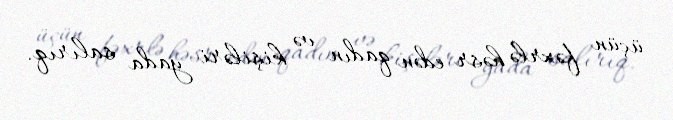
üçün fəxrlə həsr edən qadın və kişiləri yada salırıq.